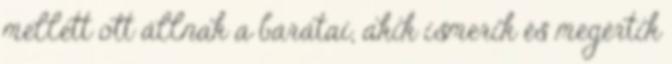
mellett ott állnak a barátai, akik ismerik és megértik